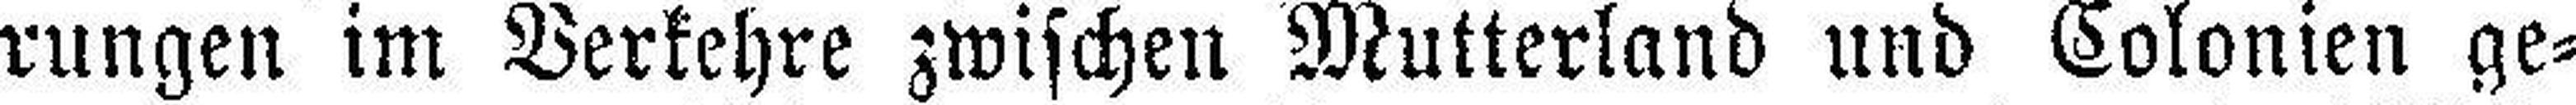
rungen im Verkehre zwischen Mutterland und Colonien ge¬